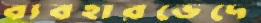
ব্যবহারভেদে